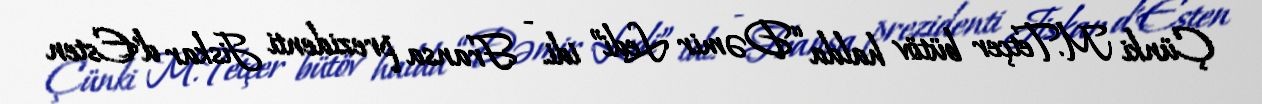
Çünki M.Tetçer bütöv halda “Dəmir Ledi” idi. - Fransa prezidenti Jiskar d’Esten